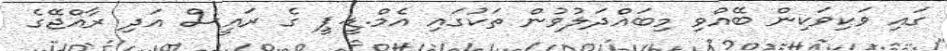
ގައި ވަކިވަކިން ބޭއްވި މިބައްދަލުވުން ތަކުގައި އެމް.ޑީ.ޕީ ގެ ރައީސް އަދި ރާއްޖޭގެ